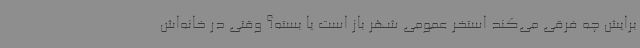
برایش چه فرقی می‌کند استخر عمومی شهر باز است یا بسته؟ وقتی در خانه‌اش